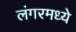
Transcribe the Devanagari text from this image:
लंगरमध्ये